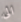
الى